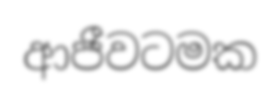
ආජීවටමක